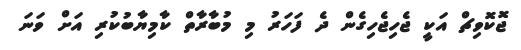
ޖޮކޮވިޗް އަކީ ޖެހިޖެހިގެން ދެ ފަހަރު މި މުބާރާތް ކާމިޔާބުކުރި އަށް ވަނަ